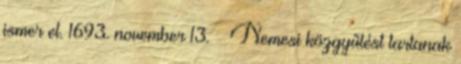
ismer el. 1693. november 13. – Nemesi közgyűlést tartanak